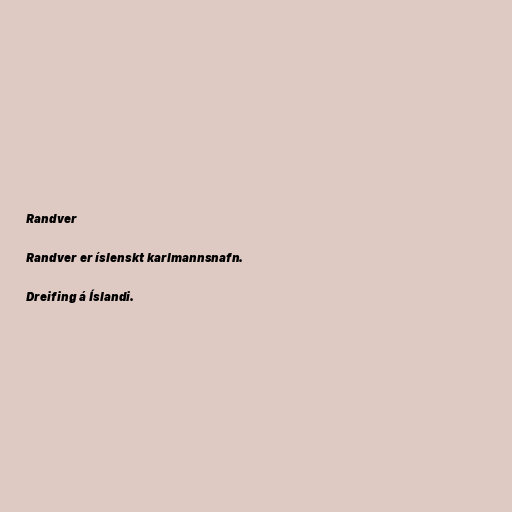
Randver

Randver er íslenskt karlmannsnafn.

Dreifing á Íslandi.